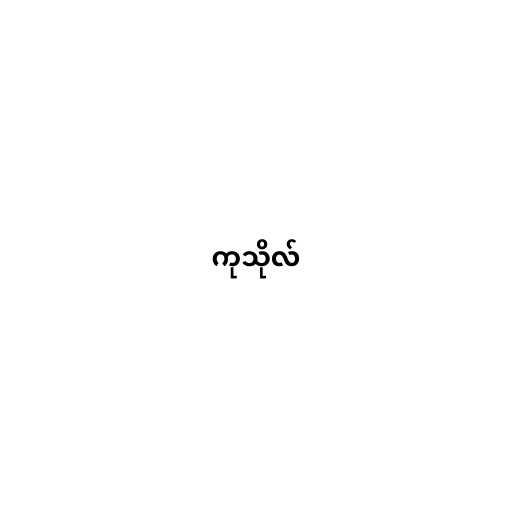
ကုသိုလ်